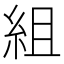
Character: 組